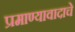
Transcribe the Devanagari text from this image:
प्रमाण्यावादाचे